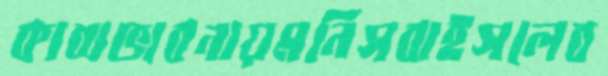
কাব্যভাবনায়মনিসবাইসলেব